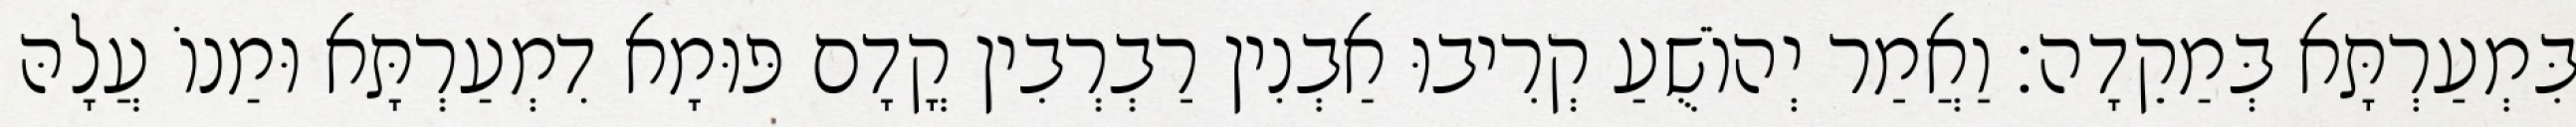
בִּמְעַרְתָּא בְּמַקֵדָה׃ וַאֲמַר יְהוֹשֻׁעַ קְרִיבוּ אַבְנִין רַבְרְבִין קֳדָם פּוּמָא דִמְעַרְתָּא וּמַנוֹ עֲלָהּ